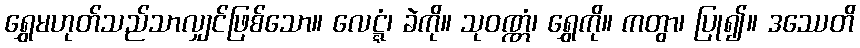
ရွှေမဟုတ်သည်သာလျှင်ဖြစ်သော။ လေဋ္ဋံ၊ ခဲကို။ သုဝဏ္ဏံ၊ ရွှေကို။ ကတွာ၊ ပြု၍။ ဒဿေတိ